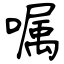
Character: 嘱